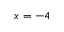
x = - 4